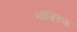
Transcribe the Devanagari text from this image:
मौक्हिक